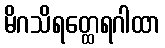
မိဂသိရတ္ထေရဂါထာ